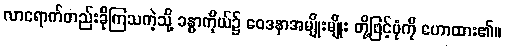
လာရောက်တည်းခိုကြသကဲ့သို့ ခန္ဓာကိုယ်၌ ဝေဒနာအမျိုးမျိုး တို့ဖြင့်ပုံကို ဟောထား၏။